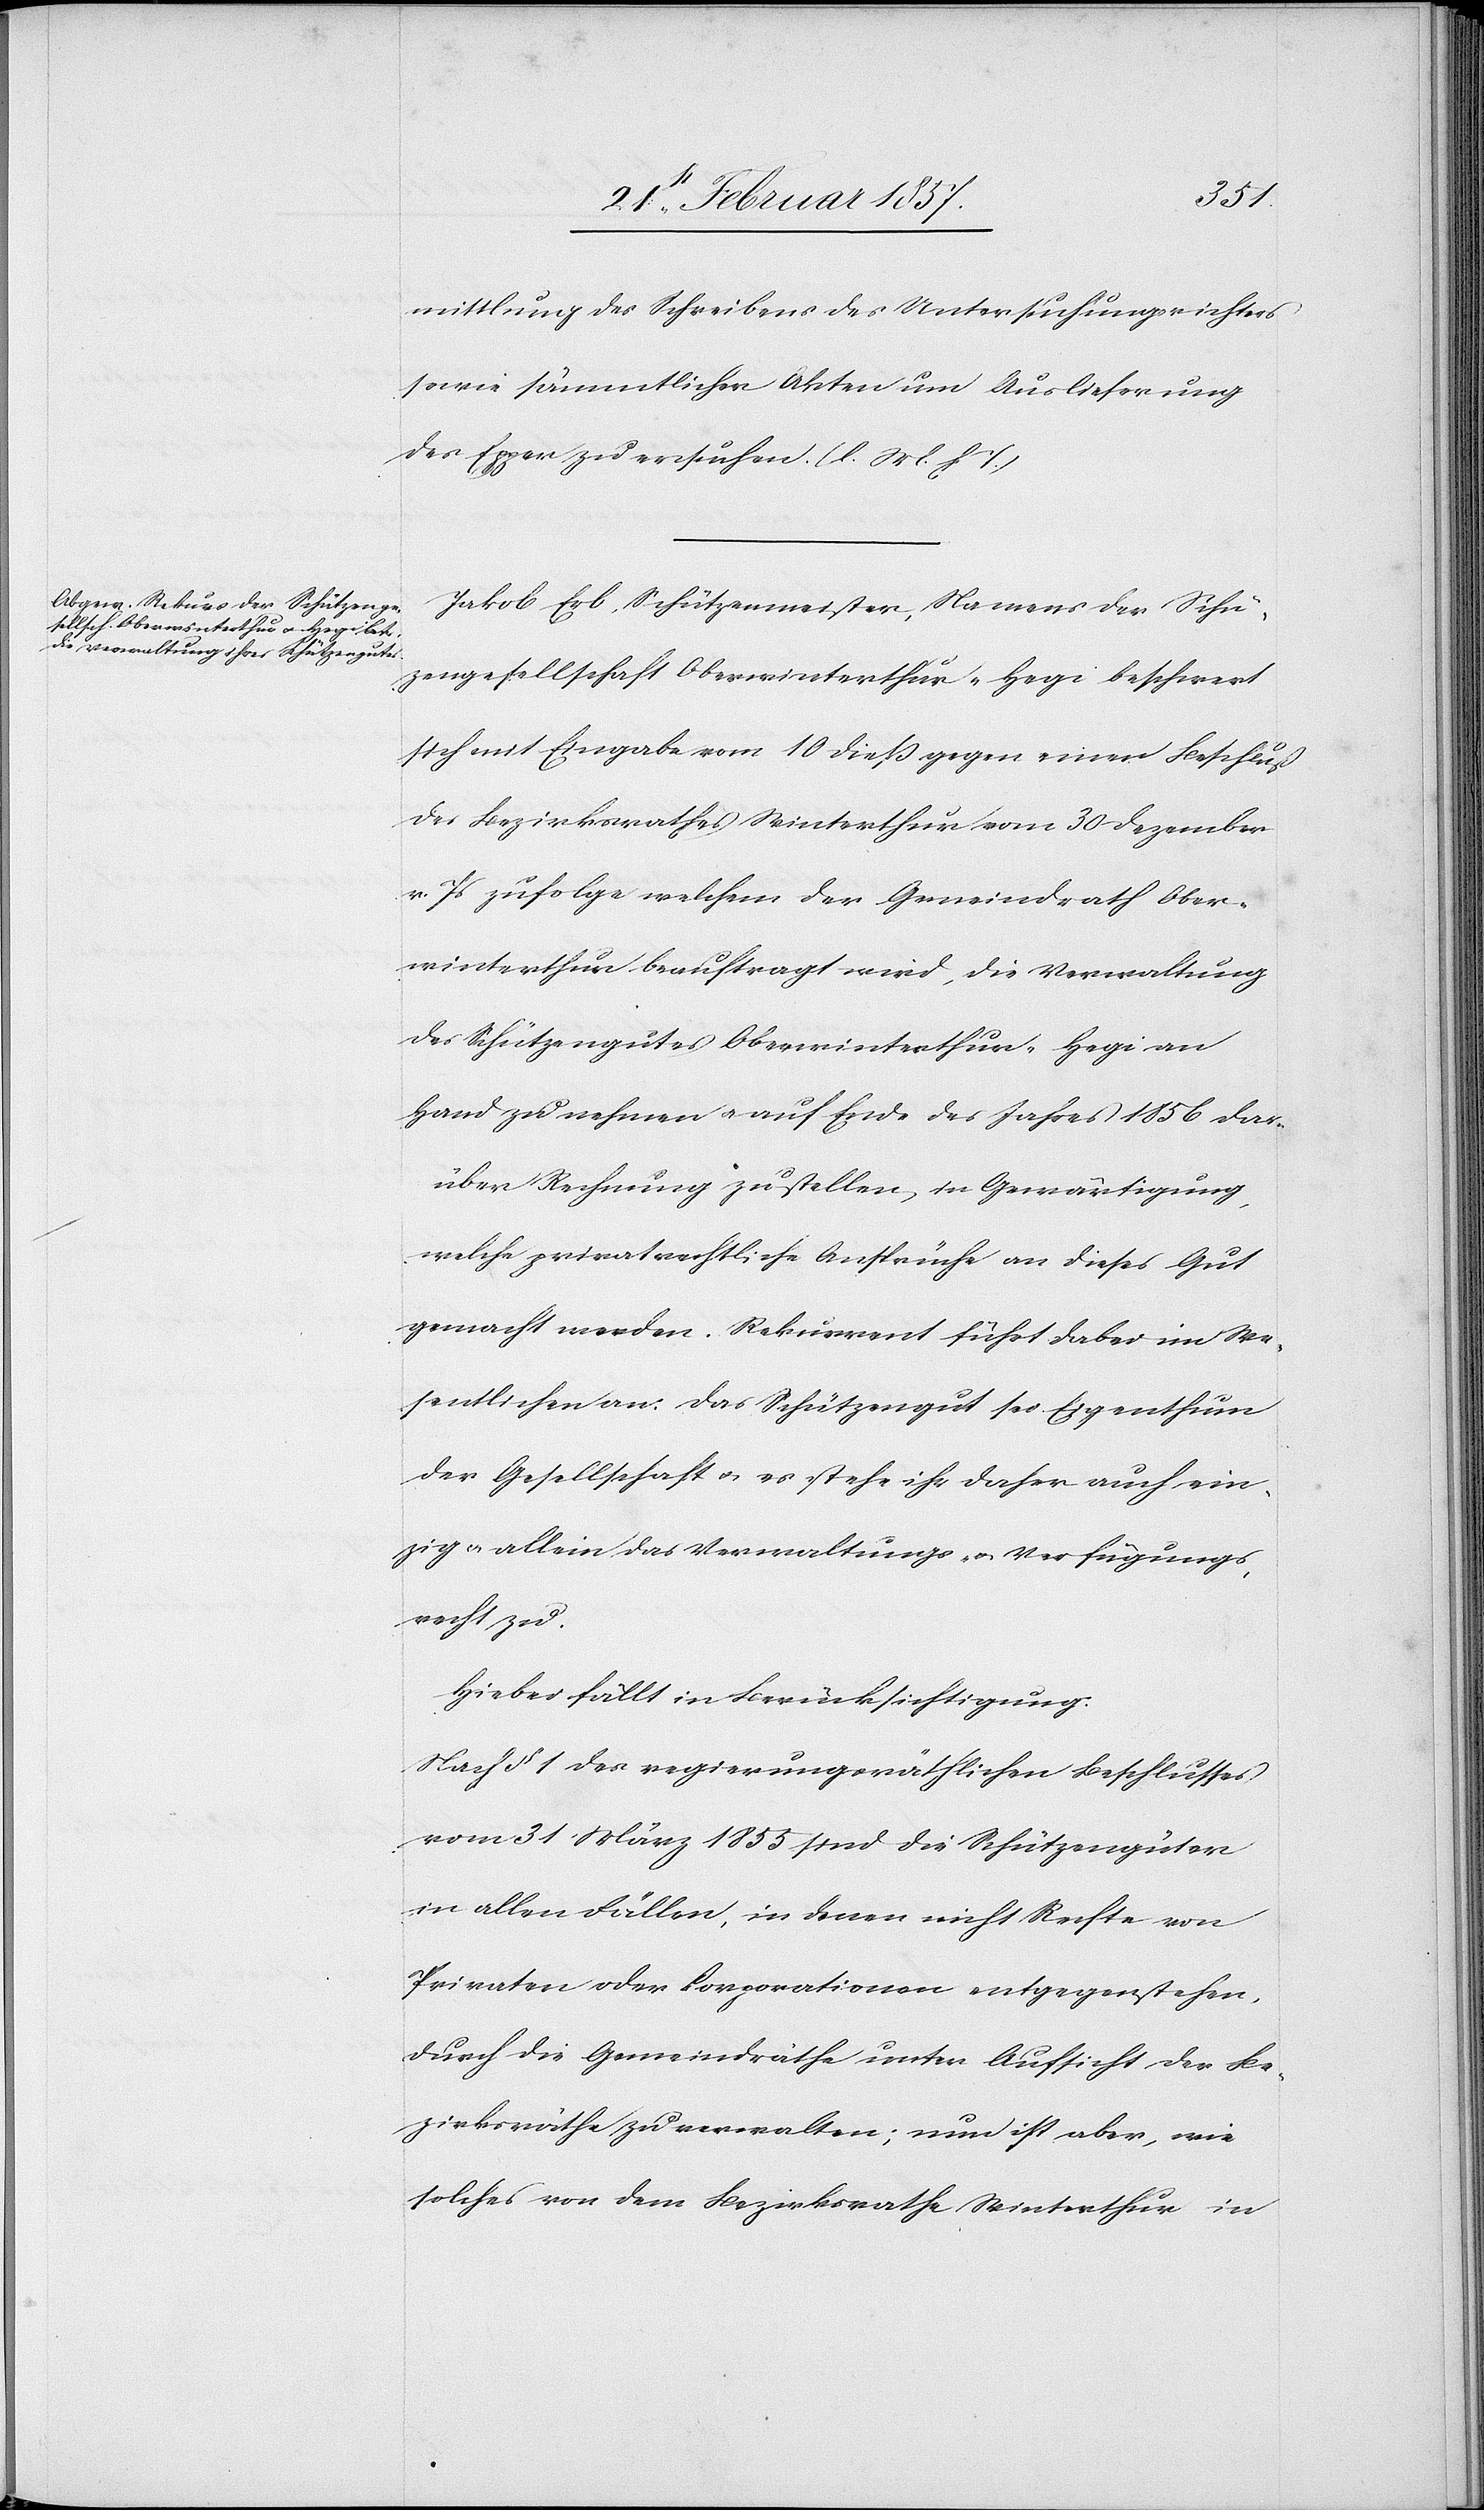
mittlung des Schreibens des Untersuchungsrichters
sowie sämmtlichen Akten um Auslieferung
des Epper zu ersuchen. (l. M. h. T.)
Jakob Erb, Schützenmeister, Namens der Schü¬
tzengesellschaft Oberwinterthur-Hegi beschwert
sich mit Eingabe vom 10 dieß gegen einen Beschluß
des Bezirksrathes Winterthur vom 30 Dezember
v. Js zufolge welchem der Gemeindrath Ober¬
winterthur beauftragt wird, die Verwaltung
des Schützengutes Oberwinterthur-Hegi an
Hand zu nehmen u. auf Ende des Jahres 1856 dar¬
über Rechnung zu stellen, in Gewärtigung,
welche privatrechtliche Ansprüche an dieses Gut
gemacht werden. Rekurrent führt dabei im We¬
sentlichen an, das Schützengut sei Eigenthum
der Gesellschaft u. es stehe ihr daher auch ein¬
zig u. allein das Verwaltungs- u. Verfügungs¬
recht zu.
Hiebei fällt in Berücksichtigung:
Nach § 1 des regierungsräthlichen Beschlusses
vom 31 März 1855 sind die Schützengüter
in allen Fällen, in denen nicht Rechte von
Privaten oder Korporationen entgegenstehen,
durch die Gemeindräthe unter Aufsicht der Be¬
zirksräthe zu verwalten; nun ist aber, wie
solches von dem Bezirksrathe Winterthur in